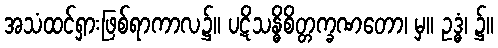
အသံထင်ရှားဖြစ်ရာကာလ၌။ ပဋိသန္ဓိစိတ္တက္ခဏတော၊ မှ။ ဥဒ္ဓံ၊ ၌။